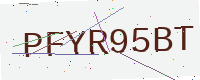
Text: PFYR95BT